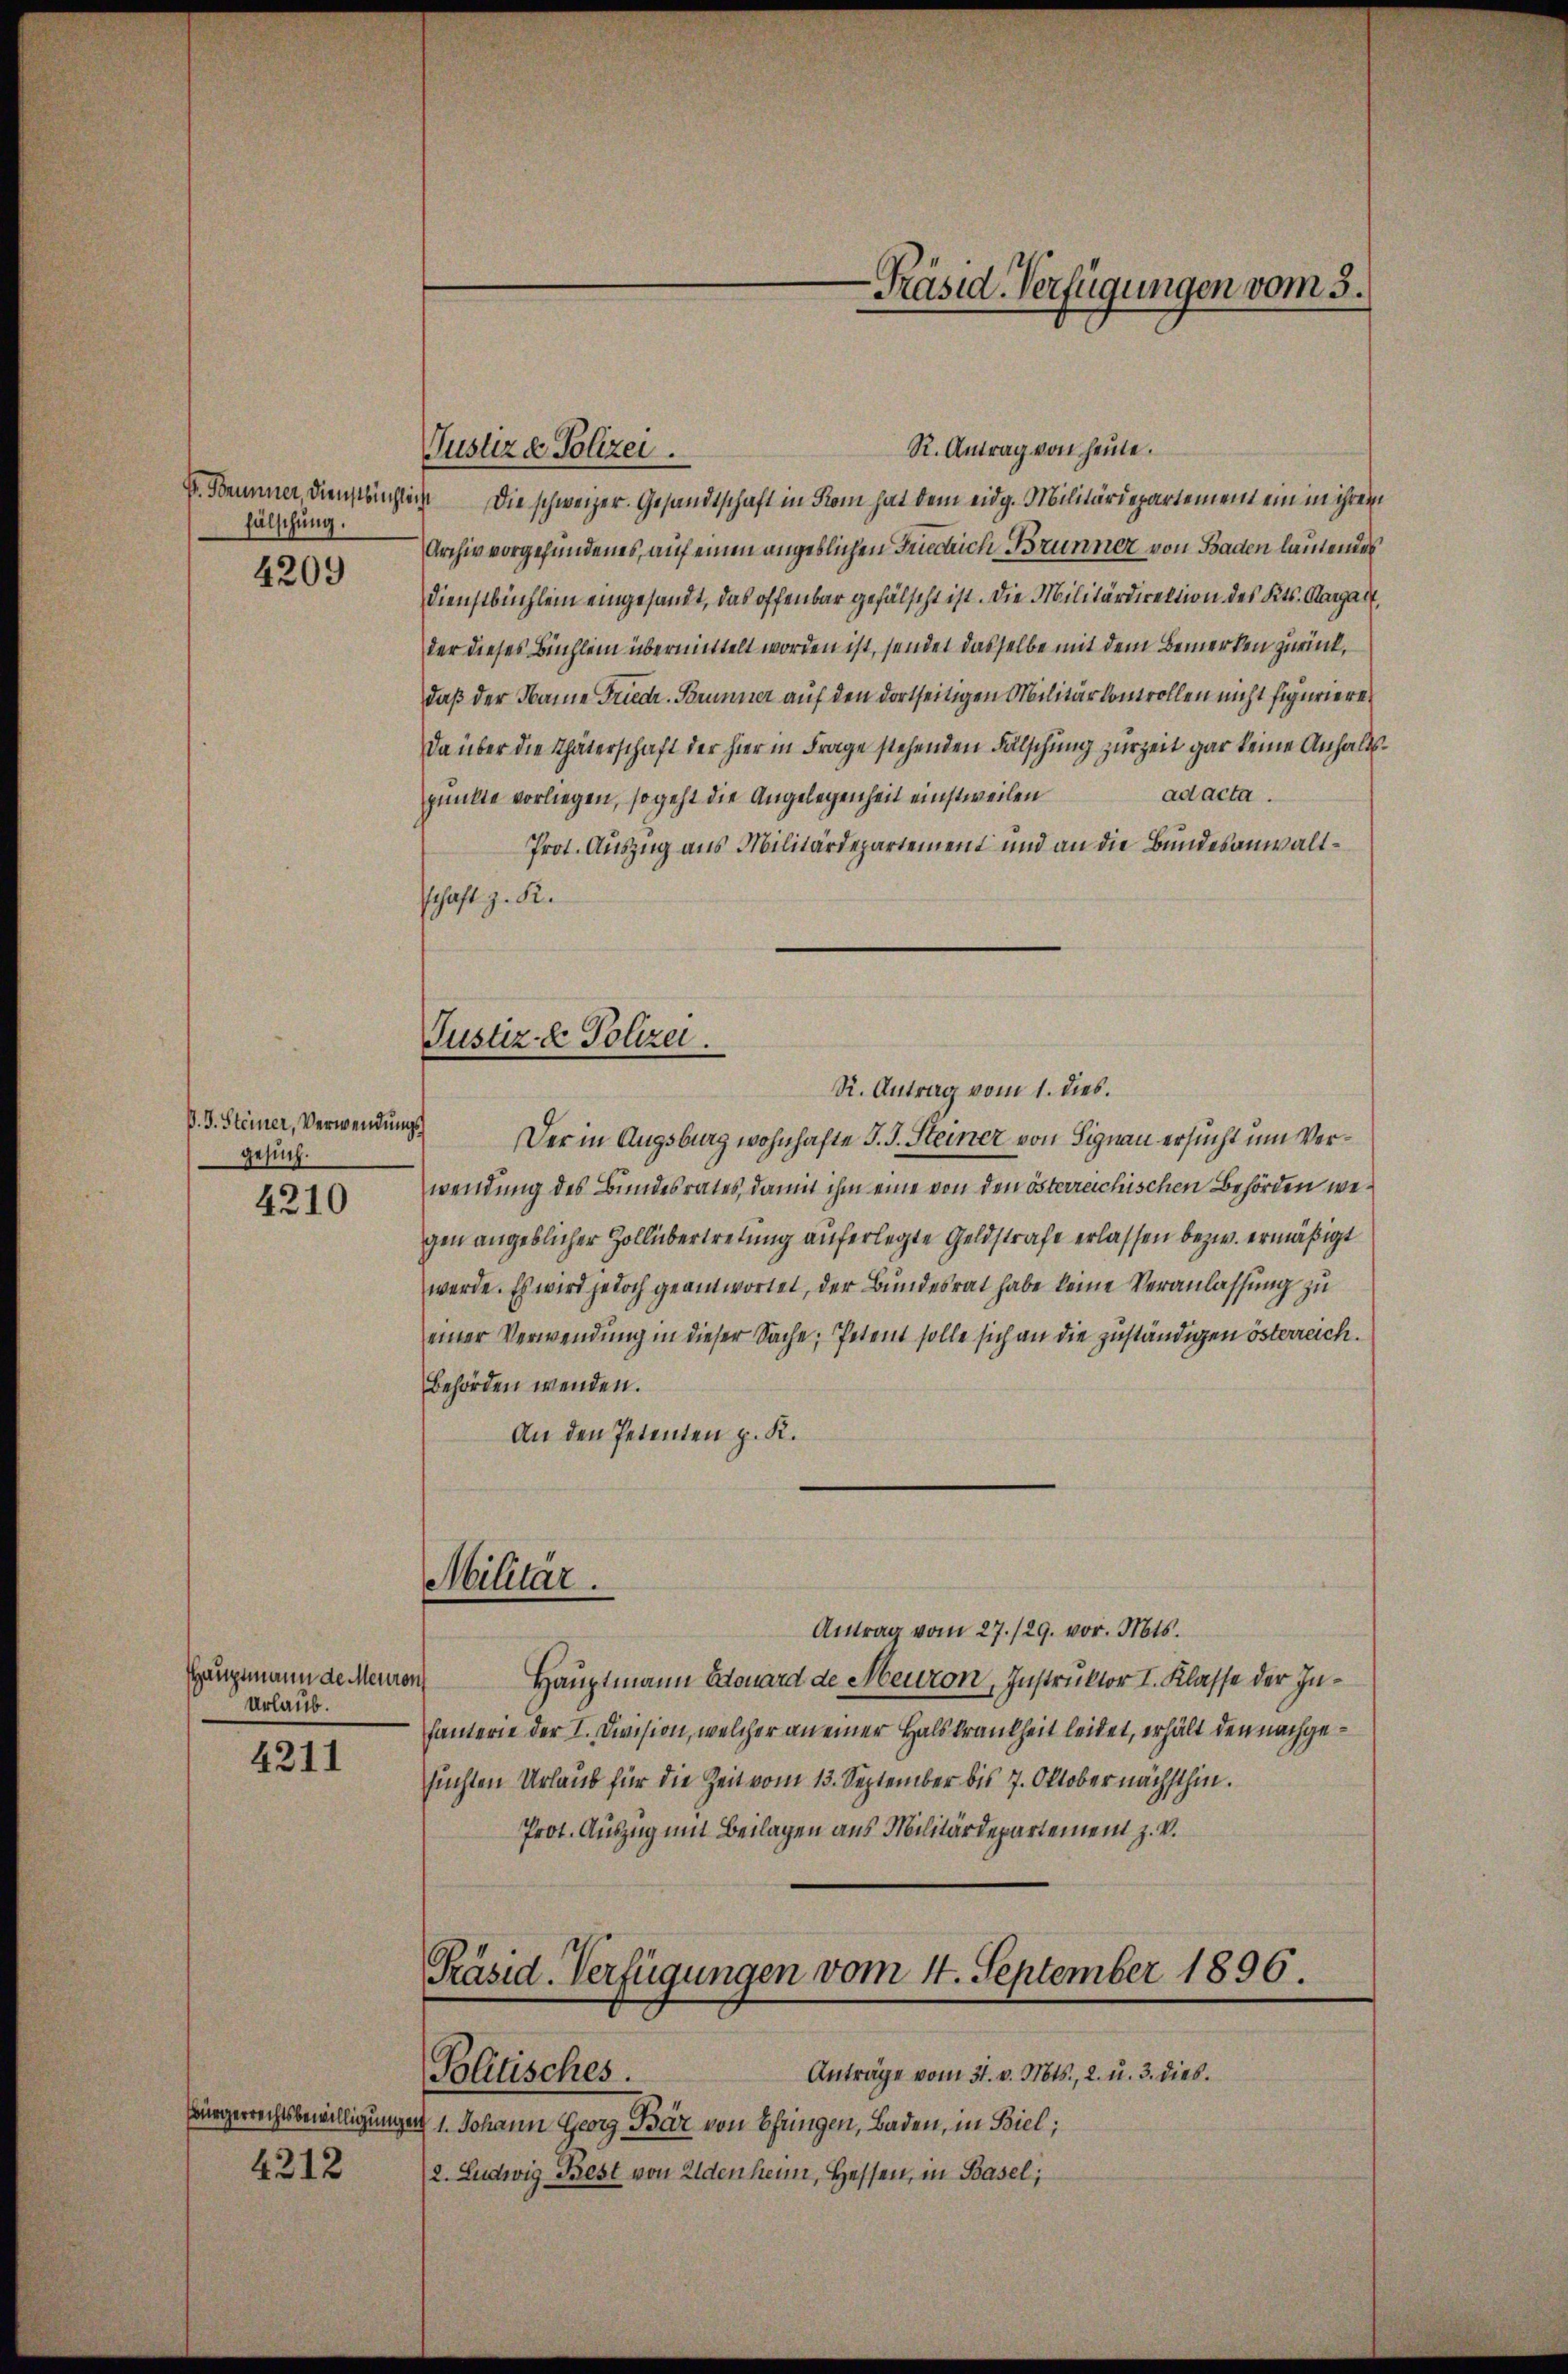
fälschung.

4209

P. J. Steiner, Verwendungs
Gesuch.

4210

Hauptmann des Meuron
Urlaub.

4211

4312

R. Antrag von heute.
Justiz & Polizei.
f. Brunner, Dienstbüchlich die schweizer. Gesandtschaft in Rom hat dem eidg. Militärdepartement ein in ihrem
Archiv vorgefundenes, auf einen angeblichen Friedlich Brunner von Baden lautendes
Dienstbüchlein eingesandt, das offenbar gefälscht ist. Die Militärdirektion des Kts. Aargart,
der dieses Büchlein übermittelt worden ist, sendet dasselbe mit dem Bemerken zurück,
daß der Name Friedr. Brunner auf den dortseitigen Militärkontrollen nicht figurieren
Da über die Thäterschaft der hier in Frage stehenden Fälschung zur Zeit gar keine Anhaltsad acta.
punkte vorliegen, so geht die Angelegenheit einstweilen
Prot. Auszug aus Militärdepartement und an die Bundesanwaltschaft z. R.
R. Antrag vom 1. dies.
Der in Augsburg wohnhafte J. J. Steiner von Signau ersucht um Verwendung des Bundesrates, damit ihm eine von den österreichischen Behörden wegen angeblicher Zollübertretung auferlegte Geldstrafe erlassen bezw. ermäßigt
werde. Es wird jedoch geantwortet, der Bundesrat habe keine Veranlassung zu
einer Verwendung in dieser Sache, Petent solle sich an die zuständigen österreich.
Behörden wenden.
An den Petenten p. K.
Militär.
Antrag vom 27./29. vor. Mts.
Hauptmann Edouard de Meuron, Instruktor I. Klasse der Infanterie der I. Division, welcher an einer Halskrankheit leidet, erhält den nachgesuchten Urlaub für die Zeit vom 13. September bis 7. Oktober nächsthin.
Prot. Auszug mit Beilagen aus Militärdepartement z. V.

Justiz- & Polizei.

Präsid. Verfügungen vom 4. September 1896.
Anträge vom 31. v. Mts., 2. u. 3. dies
Politisches.

-Präsid. Verfügungen vom 3.

Bürgerrechtsbewilligungen 1. Johann Georg Bar von bringen, Baden, in Biel;
2. Ludwig Best von Eldenheim, Hessen, in Basel;